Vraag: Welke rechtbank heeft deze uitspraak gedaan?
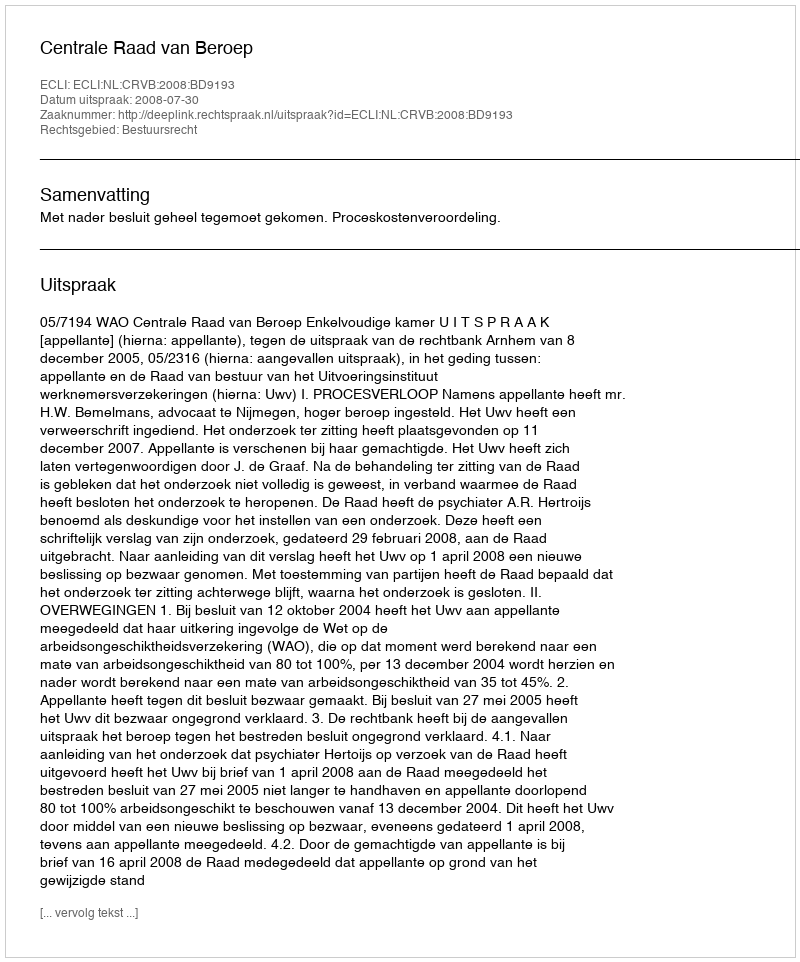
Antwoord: Centrale Raad van Beroep